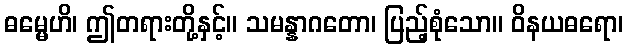
ဓမ္မေဟိ၊ ဤတရားတို့နှင့်။ သမန္နာဂတော၊ ပြည့်စုံသော။ ဝိနယဓရော၊